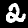
Digit: 2